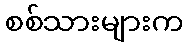
စစ်သားများက